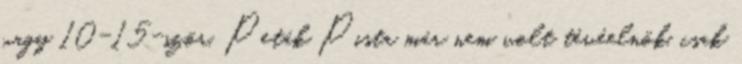
vagy 10-15-ször. Peták Pista már nem volt tévéel­nök, csak